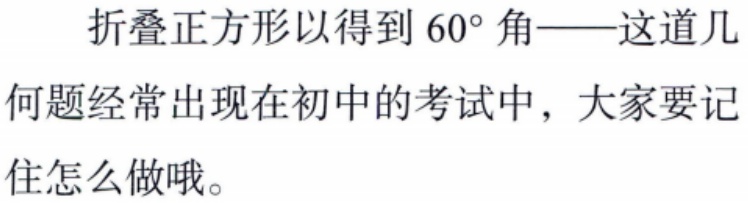
折叠正方形以得到 \(60^{\circ}\) 角——这道几何题经常出现在初中的考试中，大家要记住怎么做哦。